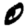
Digit: 0